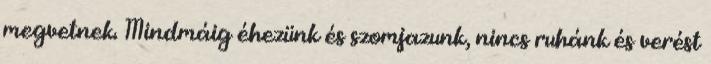
megvetnek. Mindmáig éhezünk és szomjazunk, nincs ruhánk és verést